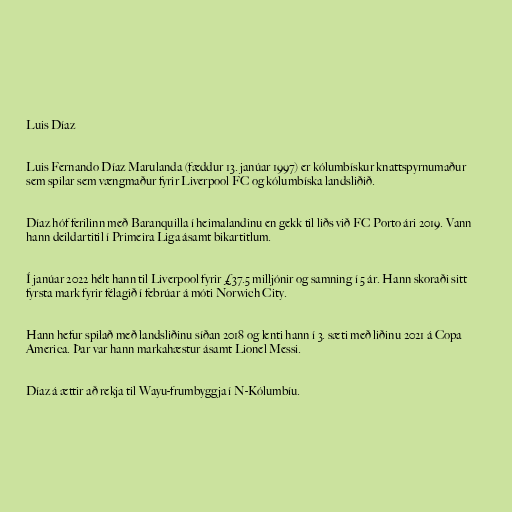
Luis Díaz

Luis Fernando Díaz Marulanda (fæddur 13. janúar 1997) er kólumbískur knattspyrnumaður
sem spilar sem vængmaður fyrir Liverpool FC og kólumbíska landsliðið.

Díaz hóf ferilinn með Baranquilla í heimalandinu en gekk til liðs við FC Porto ári 2019. Vann
hann deildartitil í Primeira Liga ásamt bikartitlum.

Í janúar 2022 hélt hann til Liverpool fyrir £37.5 milljónir og samning í 5 ár. Hann skoraði sitt
fyrsta mark fyrir félagið í febrúar á móti Norwich City.

Hann hefur spilað með landsliðinu síðan 2018 og lenti hann í 3. sæti með liðinu 2021 á Copa
America. Þar var hann markahæstur ásamt Lionel Messi.

Díaz á ættir að rekja til Wayu-frumbyggja í N-Kólumbíu.